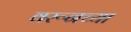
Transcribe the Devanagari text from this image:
वरूनच्या